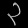
Digit: ၃